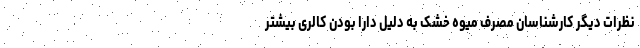
نظرات دیگر کارشناسان مصرف میوه خشک به دلیل دارا بودن کالری بیشتر